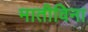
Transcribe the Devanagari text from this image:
मातीविना